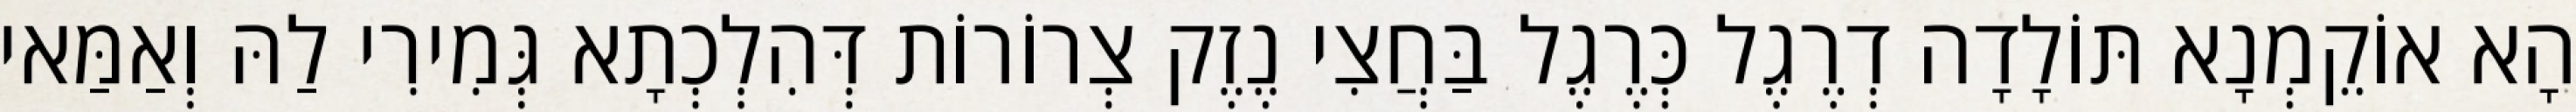
הָא אוֹקֵמְנָא תּוֹלָדָה דְרֶגֶל כְּרֶגֶל בַּחֲצִי נֶזֶק צְרוֹרוֹת דְּהִלְכְתָא גְּמִירִי לַהּ וְאַמַּאי